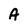
Character: A